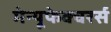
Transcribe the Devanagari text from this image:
मेन्यूफेक्चरर्स